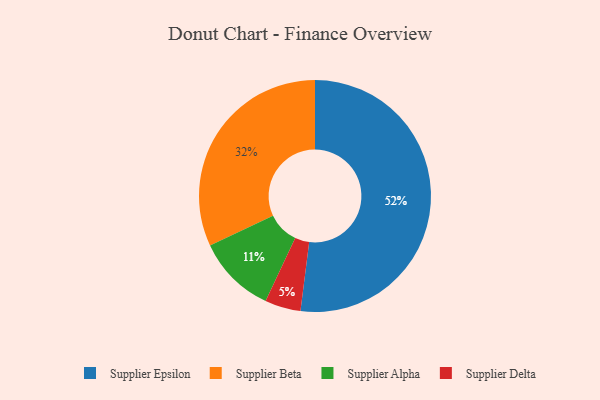
{"axis": {"x": "Category", "y": "Percentage"}, "legend": ["Supplier Alpha", "Supplier Beta", "Supplier Delta", "Supplier Epsilon"], "data": [{"x": "Supplier Epsilon", "y": 52, "type": "Supplier Epsilon"}, {"x": "Supplier Delta", "y": 5, "type": "Supplier Delta"}, {"x": "Supplier Beta", "y": 32, "type": "Supplier Beta"}, {"x": "Supplier Alpha", "y": 11, "type": "Supplier Alpha"}]}